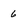
Character: 6